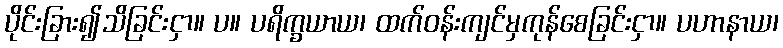
ပိုင်းခြား၍သိခြင်းငှာ။ ပ။ ပရိက္ခယာယ၊ ထက်ဝန်းကျင်မှကုန်စေခြင်းငှာ။ ပဟာနာယ၊